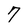
Character: 7